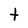
Character: t